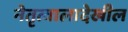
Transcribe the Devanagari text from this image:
नेतृत्वालादेखील